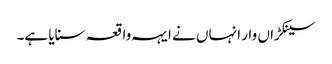
سینکڑاں وار انہاں نے ایہہ واقعہ سنایا ہے۔